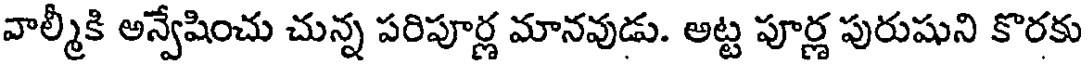
వాల్మీకి అన్వేషించు చున్న పరిపూర్ణ మానవుడు. అట్ట పూర్ణ పురుషుని కొరకు